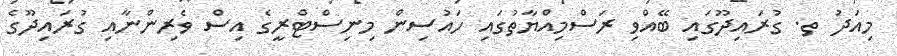
މިއަދު ތ. ގުރައިދޫގައި ބޭއްވި ރަސްމިއްޔާތުގައި ހައުސިން މިނިސްޓްރީގެ އިސް ވެރިންނާއި ގުރައިދޫގެ